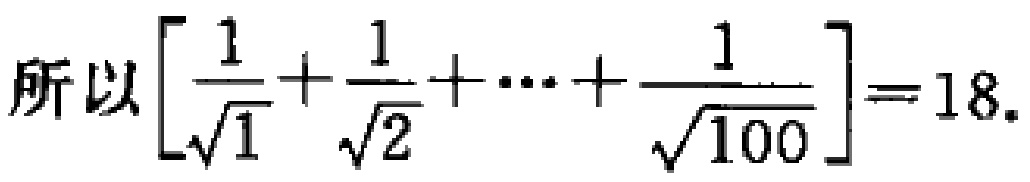
所以$\left[\frac{1}{\sqrt{1}}+\frac{1}{\sqrt{2}}+\cdots+\frac{1}{\sqrt{100}}\right]=18.$